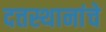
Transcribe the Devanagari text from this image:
दत्तस्थानांचे